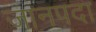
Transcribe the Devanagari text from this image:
जानपदा